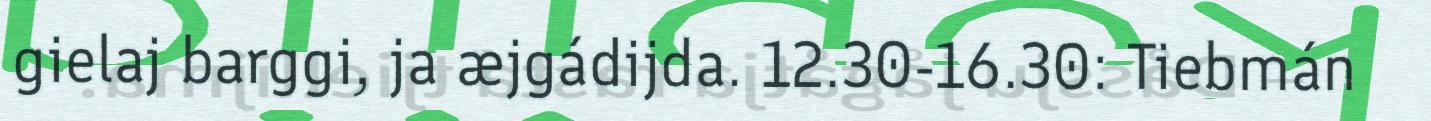
gielaj barggi, ja æjgádijda. 12.30-16.30: Tiebmán